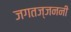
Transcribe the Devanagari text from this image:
जगतज्जननी